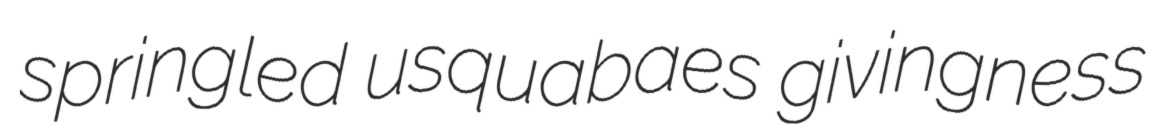
springled usquabaes givingness